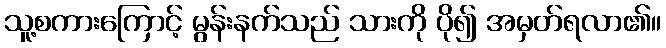
သူ့စကားကြောင့် မွန်းနက်သည် သားကို ပို၍ အမှတ်ရလာ၏။